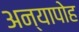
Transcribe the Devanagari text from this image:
अन्यापोह